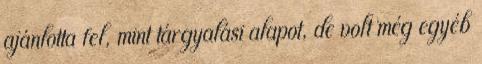
ajánlotta fel, mint tárgyalási alapot, de volt még egyéb